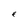
Character: F